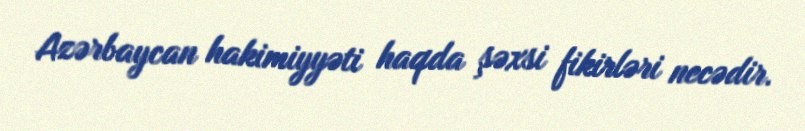
Azərbaycan hakimiyyəti haqda şəxsi fikirləri necədir.